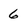
Character: 6